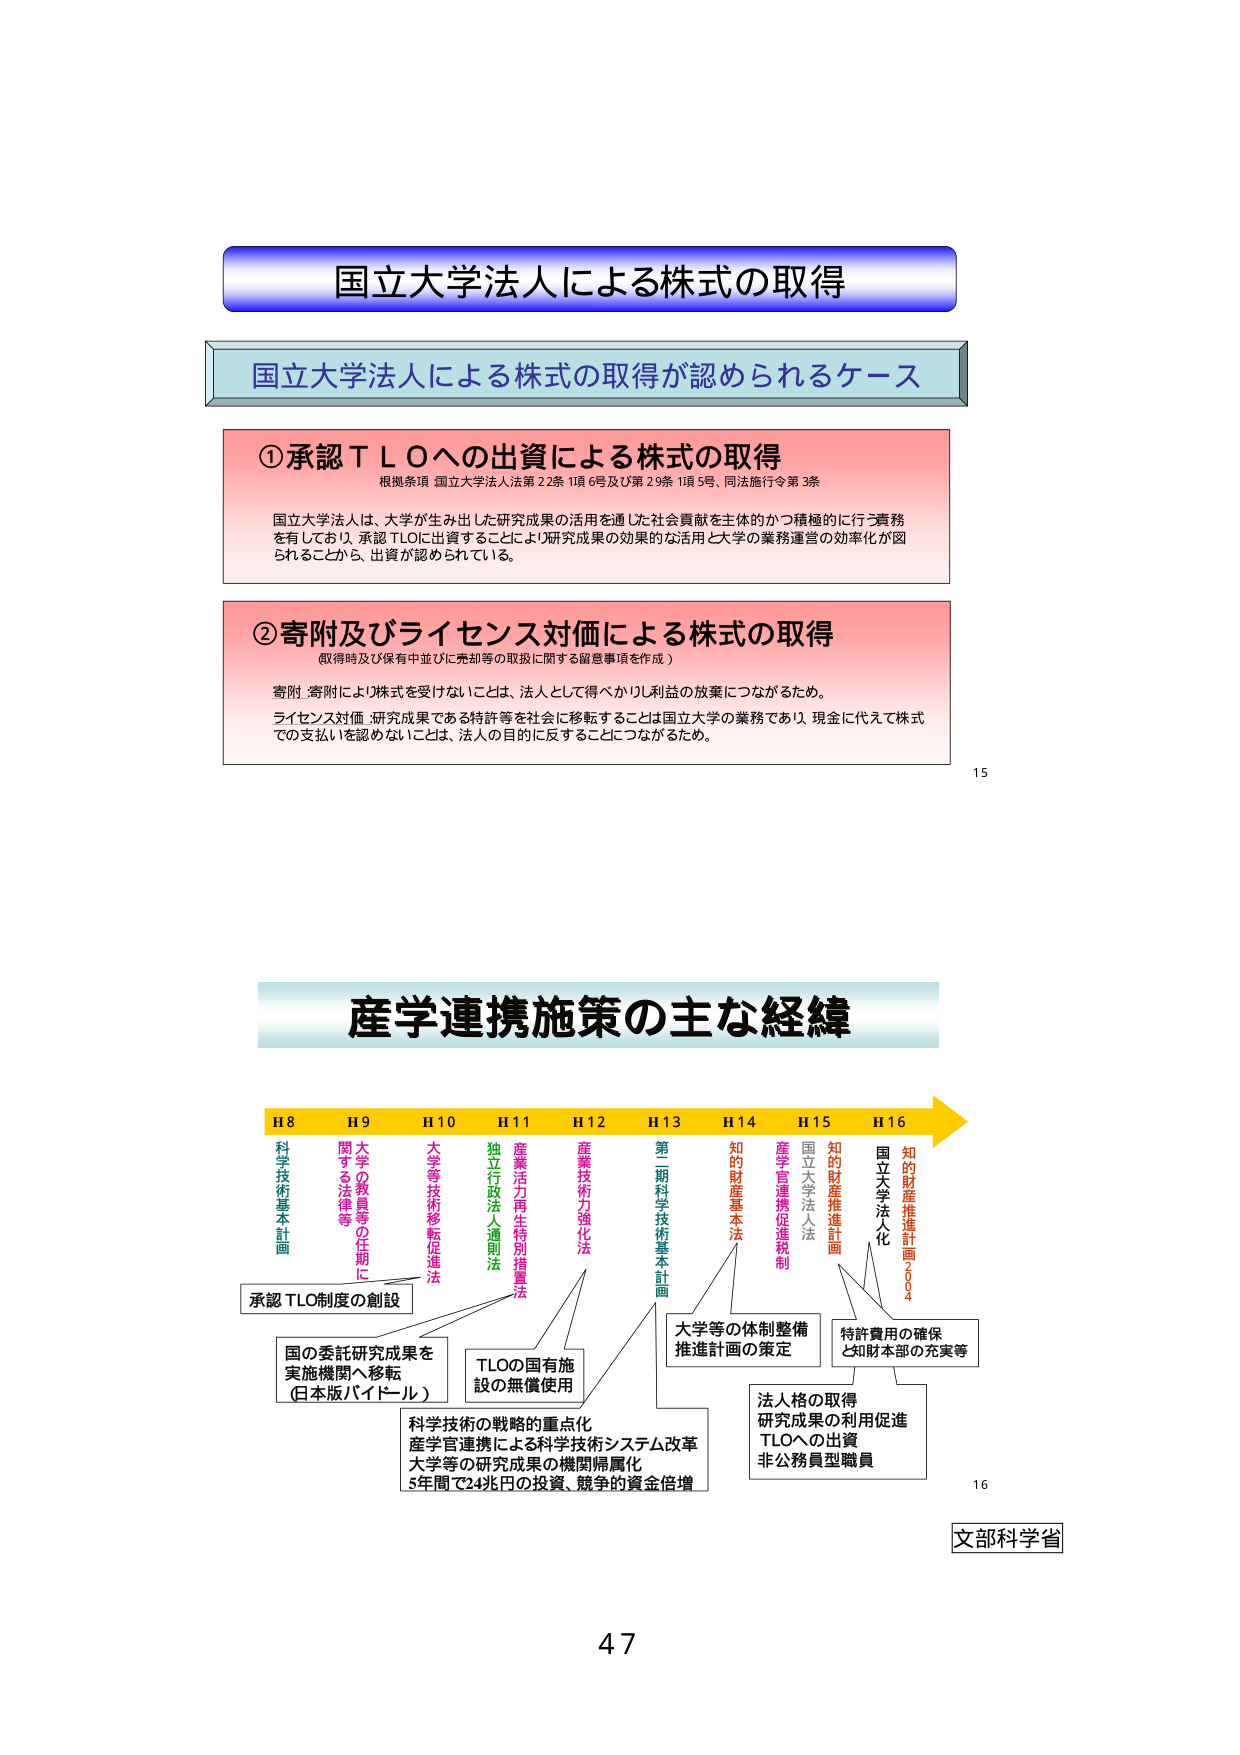
国立大学法人による株式の取得

国立大学法人による株式の取得が認められるケース

①承認ＴＬＯへの出資による株式の取得
根拠条項 国立大学法人法第22条1項6号及び第29条1項5号、同法施行令第3条
国立大学法人は、大学が生み出した研究成果の活用を通じた社会貢献を主体的かつ積極的に行う責務を有しており、承認TLOに出資することにより研究成果の効果的な活用と大学の業務運営の効率化が図られることから、出資が認められている。

②寄附及びライセンス対価による株式の取得
（取得時及び保有中並びに売却等の取扱に関する留意事項を作成）
寄附・寄附により株式を受けないことは、法人として得べきか利利益の放棄につながるため。
ライセンス対価・研究成果である特許等を社会に移転することは国立大学の業務であり、現金に代えて株式での支払いを認めないことは、法人の目的に反することにつながるため。

15

産学連携施策の主な経緯

H8 H9 H10 H11 H12 H13 H14 H15 H16
科学技術基本計画 関する法律等 大学等技術移転促進法 独立行政法人通則法 産業活力再生特別措置法 産業技術力強化法 第二期科学技術基本計画 知的財産基本法 産学官連携促進法 国立大学法人法 知的財産推進計画 国立大学法人化 知的財産推進計画2004

承認TLO制度の創設
国の委託研究成果を実施機関へ移転（日本版バイドール）
TLOの国有施設の無償使用
大学等の体制整備推進計画の策定
特許費用の確保と知財本部の充実等
科学技術の戦略的重点化
産学官連携による科学技術システム改革
大学等の研究成果の機関帰属化
5年間で24兆円の投資、競争的資金倍増
法人格の取得
研究成果の利用促進
TLOへの出資
非公務員型職員

16
文部科学省

47